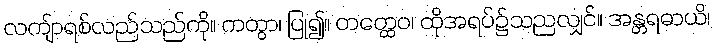
လကျ်ာရစ်လည်သည်ကို။ ကတွာ၊ ပြု၍။ တတ္ထေဝ၊ ထိုအရပ်၌သညလျှင်။ အန္တရဓာယိ၊